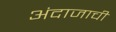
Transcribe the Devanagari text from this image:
अंदाजाची